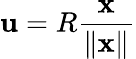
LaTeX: {\mathbf u}=R\frac{{\mathbf x}}{\| {\mathbf x}\| }